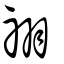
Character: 祤